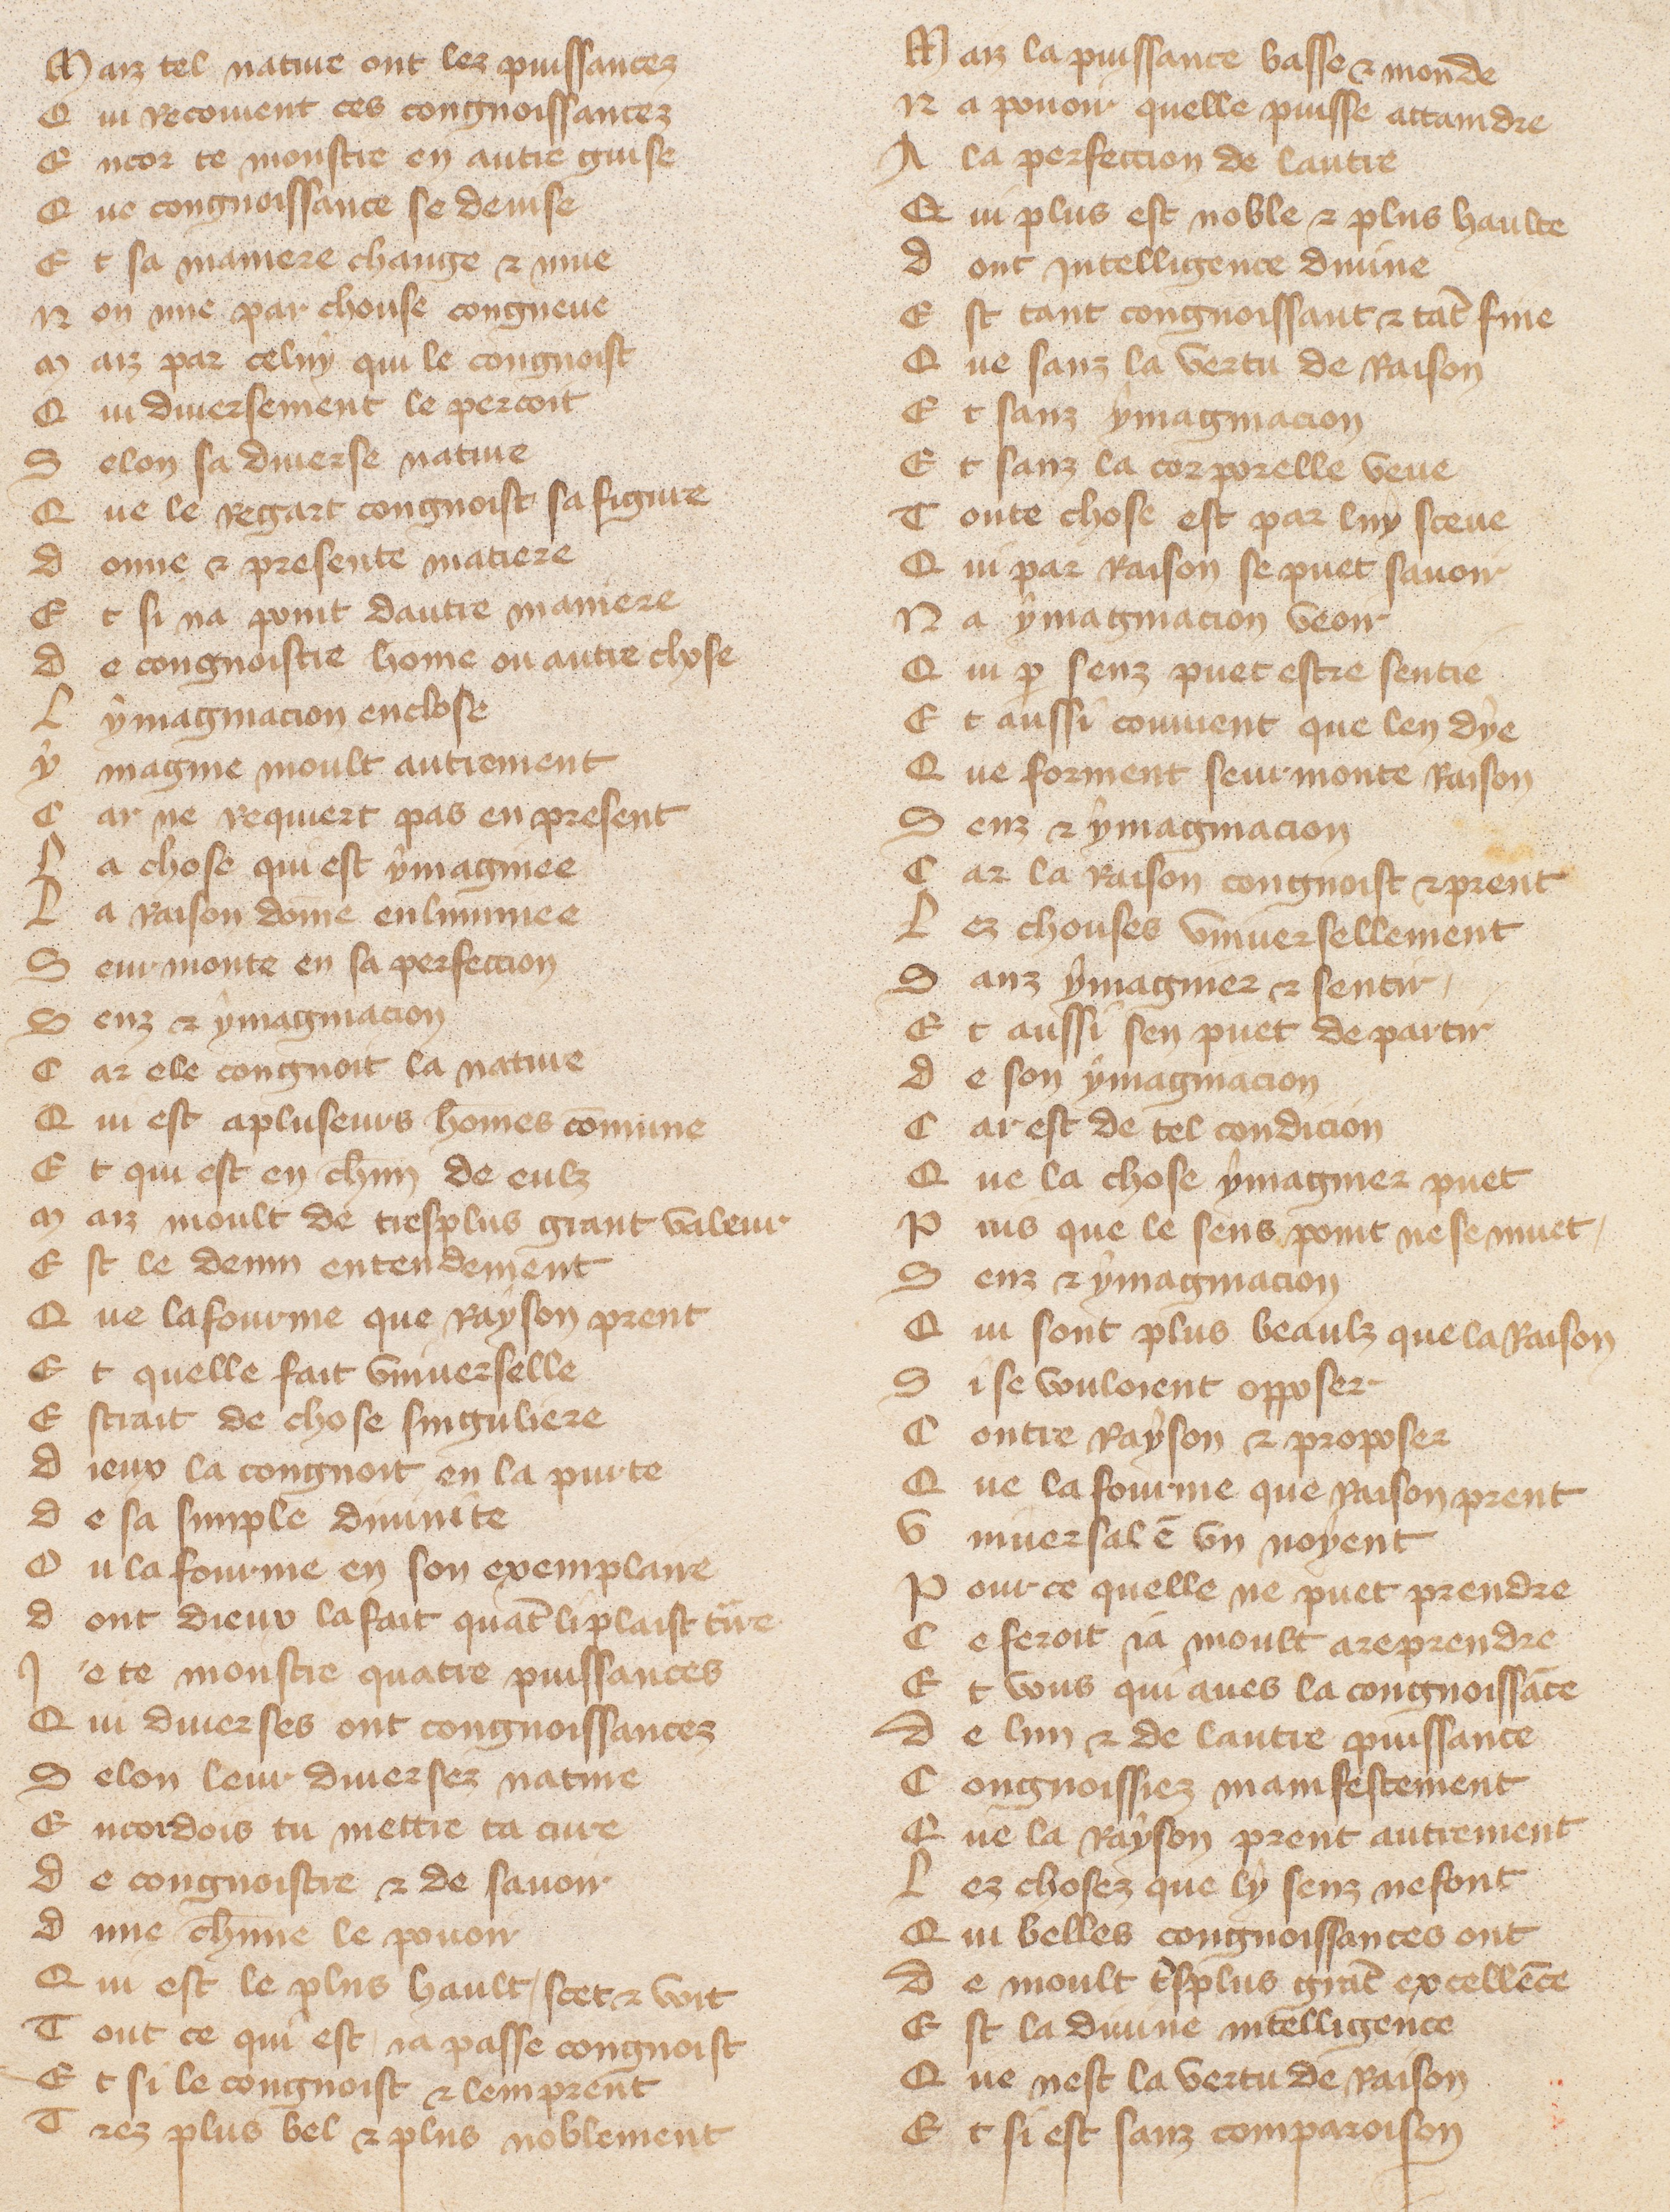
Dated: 1370–1415